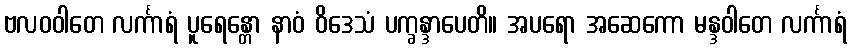
ဗလဝဝါတေ လင်္ကာရံ ပူရေန္တော နာဝံ ဝိဒေသံ ပက္ခန္ဒာပေတိ။ အပရော အဆေကော မန္ဒဝါတေ လင်္ကာရံ